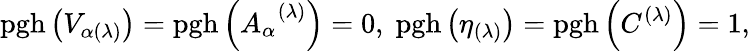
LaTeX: \mathrm{pgh}\left(V_{\alpha(\lambda)}\right)=\mathrm{pgh}\left(A_{\alpha}^{\; \; (\lambda)}\right)=0,\; \mathrm{pgh}\left(\eta_{(\lambda)}\right)=\mathrm{pgh}\left(C^{(\lambda)}\right)=1,